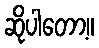
ဆိုပါတော့။